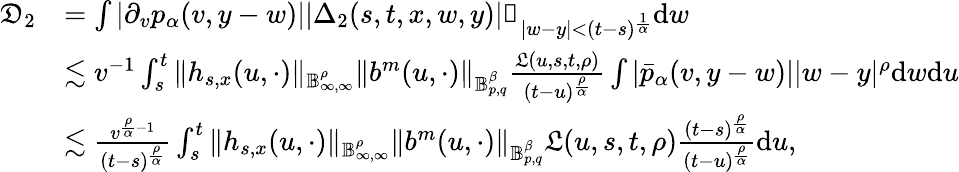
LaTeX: \begin{array}{rl}{\mathfrak{D}_{2}}&{=\int|\partial_{v}p_{\alpha}(v,y-w)||\Delta_{2}(s,t,x,w,y)|\mathbb{1}_{|w-y|<(t-s)^{\frac{1}{\alpha}}}\mathrm{d}w}\\ &{\lesssim v^{-1}\int_{s}^{t}\Vert h_{s,x}(u,\cdot)\Vert_{\mathbb{B}_{\infty,\infty}^{\rho}}\Vert b^{m}(u,\cdot)\Vert_{\mathbb{B}_{p,q}^{\beta}}\frac{\mathfrak{L}(u,s,t,\rho)}{(t-u)^{\frac{\rho}{\alpha}}}\int|\bar{p}_{\alpha}(v,y-w)||w-y|^{\rho}\mathrm{d}w\mathrm{d}u}\\ &{\lesssim\frac{v^{\frac{\rho}{\alpha}-1}}{(t-s)^{\frac{\rho}{\alpha}}}\int_{s}^{t}\Vert h_{s,x}(u,\cdot)\Vert_{\mathbb{B}_{\infty,\infty}^{\rho}}\Vert b^{m}(u,\cdot)\Vert_{\mathbb{B}_{p,q}^{\beta}}\mathfrak{L}(u,s,t,\rho)\frac{(t-s)^{\frac{\rho}{\alpha}}}{(t-u)^{\frac{\rho}{\alpha}}}\mathrm{d}u,}\end{array}